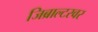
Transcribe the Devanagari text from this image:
जिब्राल्टरवर